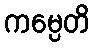
ကမ္ပေတိ